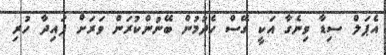
އެޕަލް ސިޑާ ވިނެގާ އަކީ ގޭސް ހެދުމުން ބޭނުންކުރަން ވަރަށް ފައިދާ ހުރި